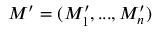
M ^ { \prime } = ( M _ { 1 } ^ { \prime } , . . . , M _ { n } ^ { \prime } )